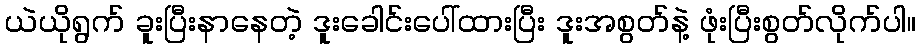
ယဲယိုရွက် ခူးပြီးနာနေတဲ့ ဒူးခေါင်းပေါ်ထားပြီး ဒူးအစွတ်နဲ့ ဖုံးပြီးစွတ်လိုက်ပါ။